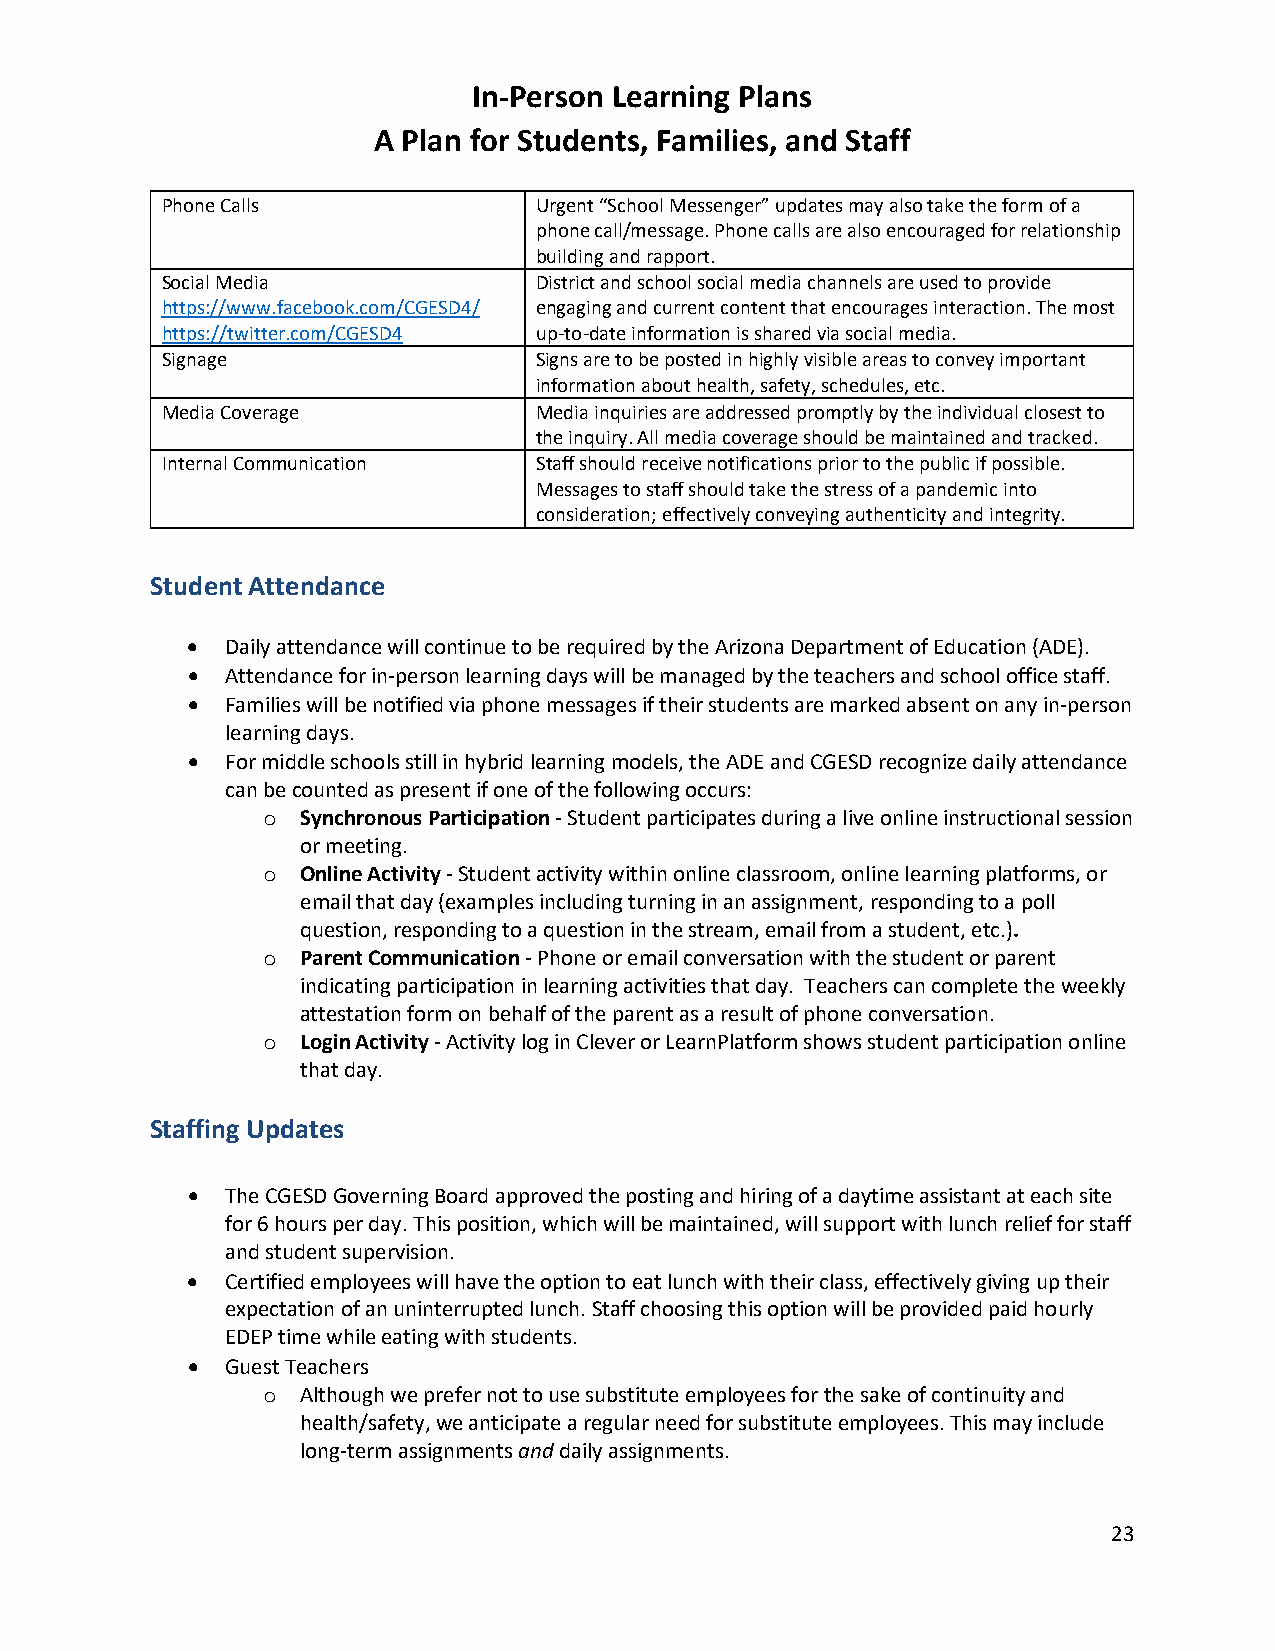
In-Person Learning Plans
 A Plan for Students, Families, and Staff
 Phone Calls              Urgent “School Messenger” updates may also take the form of a
 phone call/message. Phone calls are also encouraged for relationship
 building and rapport.
 Social Media             District and school social media channels are used to provide
 https://www.facebook.com/CGESD4/ engaging and current content that encourages interaction. The most
 https://twitter.com/CGESD4 up-to-date information is shared via social media.
 Signage                  Signs are to be posted in highly visible areas to convey important
 information about health, safety, schedules, etc.
 Media Coverage           Media inquiries are addressed promptly by the individual closest to
 the inquiry. All media coverage should be maintained and tracked.
 Internal Communication   Staff should receive notifications prior to the public if possible.
 Messages to staff should take the stress of a pandemic into
 consideration; effectively conveying authenticity and integrity.
 Student Attendance
 •  Daily attendance will continue to be required by the Arizona Department of Education (ADE).
 •  Attendance for in-person learning days will be managed by the teachers and school office staff.
 •  Families will be notified via phone messages if their students are marked absent on any in-person
 learning days.
 •  For middle schools still in hybrid learning models, the ADE and CGESD recognize daily attendance
 can be counted as present if one of the following occurs:
 Synchronous Participation - Student participates during a live online instructional session
 o
 or meeting.
 Online Activity - Student activity within online classroom, online learning platforms, or
 o
 email that day (examples including turning in an assignment, responding to a poll
 question, responding to a question in the stream, email from a student, etc.).
 Parent Communication - Phone or email conversation with the student or parent
 o
 indicating participation in learning activities that day. Teachers can complete the weekly
 attestation form on behalf of the parent as a result of phone conversation.
 Login Activity - Activity log in Clever or LearnPlatform shows student participation online
 o
 that day.
 Staffing Updates
 •  The CGESD Governing Board approved the posting and hiring of a daytime assistant at each site
 for 6 hours per day. This position, which will be maintained, will support with lunch relief for staff
 and student supervision.
 •  Certified employees will have the option to eat lunch with their class, effectively giving up their
 expectation of an uninterrupted lunch. Staff choosing this option will be provided paid hourly
 EDEP time while eating with students.
 •  Guest Teachers
 Although we prefer not to use substitute employees for the sake of continuity and
 o
 health/safety, we anticipate a regular need for substitute employees. This may include
 long-term assignments and daily assignments.
 23